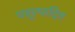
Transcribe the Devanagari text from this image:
पशूत्पादित